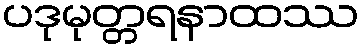
ပဒုမုတ္တရနာထဿ